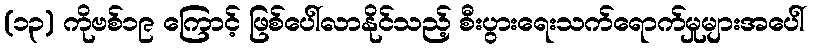
(၁၃) ကိုဗစ်၁၉ ကြောင့် ဖြစ်ပေါ်လာနိုင်သည့် စီးပွားရေးသက်ရောက်မှုများအပေါ်